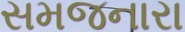
સમજનારા